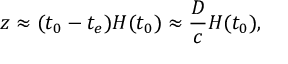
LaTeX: z \approx ( t _ { 0 } - t _ { e } ) H ( t _ { 0 } ) \approx { \frac { D } { c } } H ( t _ { 0 } ) ,